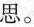
思。